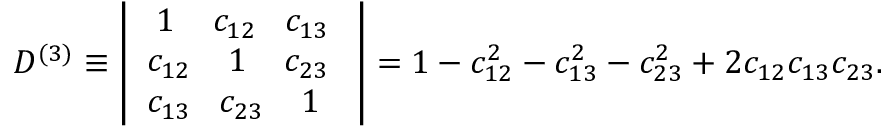
D ^ { ( 3 ) } \equiv \left| \begin{array} { c } { { { \; 1 \; \; \; \; c _ { 1 2 } \; \; \; c _ { 1 3 } \; } } } \\ { { { c _ { 1 2 } \; \; \; \; 1 \; \; \; \; c _ { 2 3 } \; } } } \\ { { { c _ { 1 3 } \; \; \; c _ { 2 3 } \; \; \; \; 1 \; \; } } } \end{array} \right| = 1 - c _ { 1 2 } ^ { 2 } - c _ { 1 3 } ^ { 2 } - c _ { 2 3 } ^ { 2 } + 2 c _ { 1 2 } c _ { 1 3 } c _ { 2 3 } .